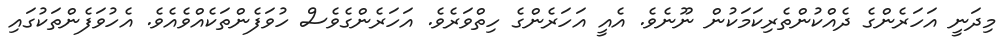
މިދަނީ އަހަރެންގެ ދެއްކުންތެރިކަމަކުން ނޫނެވެ. އެއީ އަހަރެންގެ ހިތްވަރެވެ. އަހަރެންގެވެސް ހުވަފެންތަކެއްވެއެވެ. އެހުވަފެންތަކުގައި